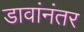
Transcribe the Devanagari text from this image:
डावांनंतर